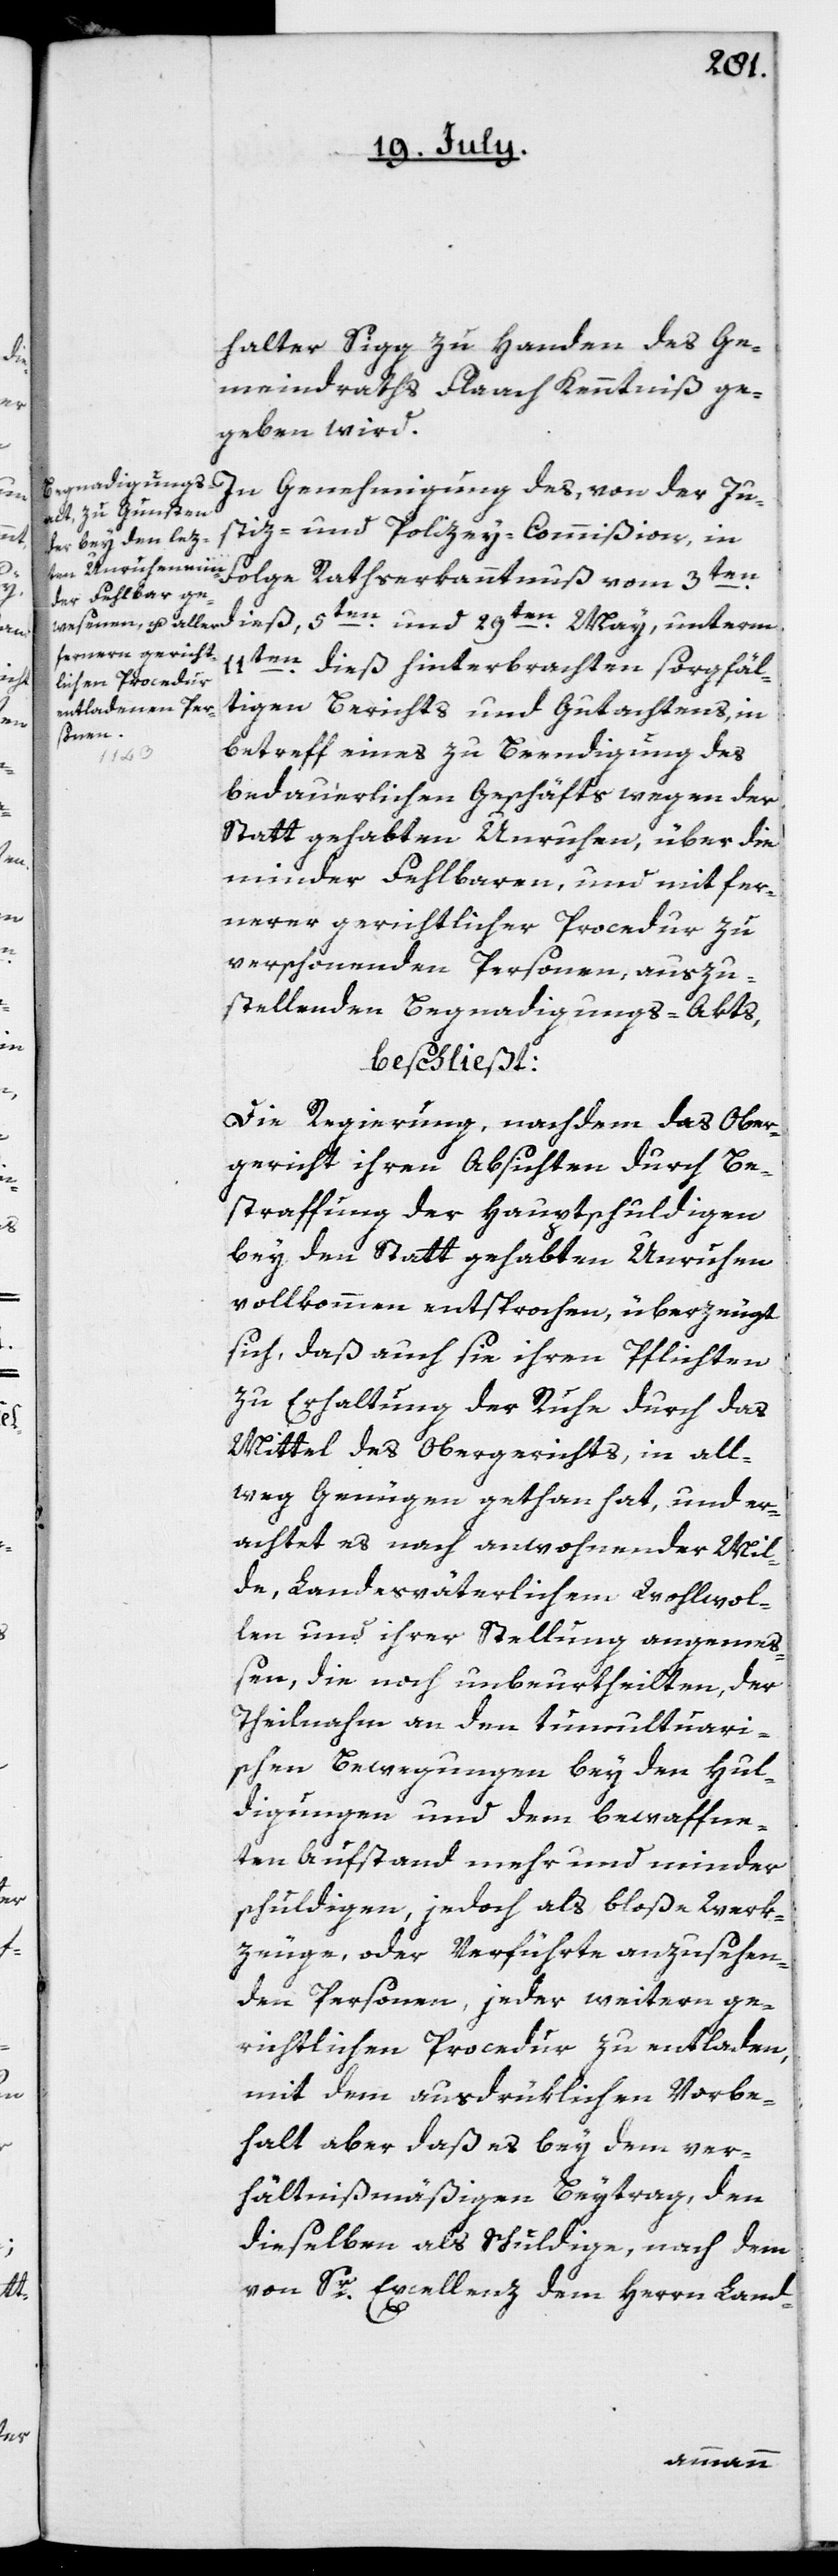
halter Sigg zu Handen des Ge¬
meindraths Flaach Kenntniß ge¬
geben wird.
In Genehmigung des, von der Ju¬
stiz- und Polizey-Commißion, in
Folge Rathserkanntnuß vom 3ten
dieß, 5ten und 29ten May, unterm
11ten dieß hinterbrachten sorgfäl¬
tigen Berichts und Gutachtens, in
betreff eines zu Beendigung des
bedauerlichen Geschäfts wegen der
Statt gehabten Unruhen, über die
minder Fehlbaren, und mit fer¬
nerer gerichtlicher Procedur zu
verschonenden Personen, auszu¬
stellenden Begnadigungs-Akts,
beschließt:
Die Regierung, nachdem das Ober¬
gericht ihren Absichten durch Be¬
straffung der Hauptschuldigen
bey der Statt gehabten Unruhen
vollkommen entsprochen, überzeugt
sich, daß auch sie ihren Pflichten
zu Erhaltung der Ruhe durch das
Mittel des Obergerichts, in all¬
weg Genügen gethan hat, und er¬
achtet es nach anwohnender Mil¬
de, Landesväterlichen Wohlwol¬
len und ihrer Stellung angemeß¬
en, die noch unbeurtheilten, der
Theilnahme an den tumultuari¬
schen Bewegungen bey den Hul¬
digungen und dem bewaffne¬
ten Aufstand mehr und minder
schuldigen, jedoch als bloße Werk¬
zeuge, oder Verführte anzusehen¬
den Personen, jeder weitern ge¬
richtlichen Procedur zu entladen,
mit dem ausdrüklichen Vorbe¬
halt aber daß es bey dem ver¬
hältnißmäßigen Beytrag, den
dieselben als Schuldige, nach dem
von Sr Excellenz dem Herrn Land-